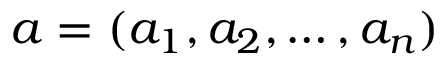
a = ( a _ { 1 } , a _ { 2 } , \dots , a _ { n } )